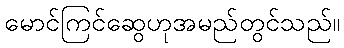
မောင်ကြင်ဆွေဟုအမည်တွင်သည်။